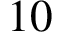
1 0